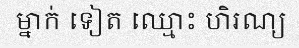
ម្នាក់ ទៀត ឈ្មោះ ហិរណ្យ